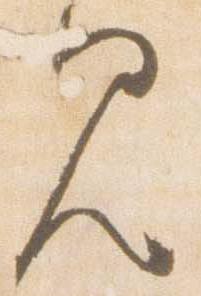
見